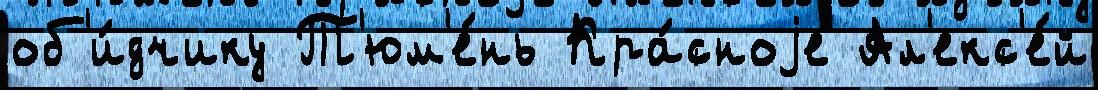
об'и́дчику Т'юм'е́нь Кра́сноjе Ал'екс'е́й